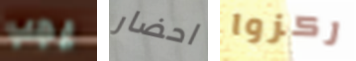
يجب احضار ركزوا